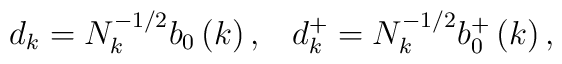
d_{k}=N_{k}^{-1/2}b_{0}\left( k\right),\;\;\;d_{k}^{+}=N_{k}^{-1/2}b_{0}^{+}\left( k\right) ,